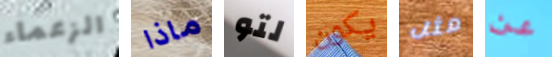
الزعماء ماذا لتو يكون مثل عن